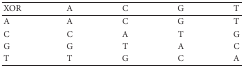
| XOR | A | C | G | T |
 | --- | --- | --- | --- | --- |
 | A | A | C | G | T |
 | C | C | A | T | G |
 | G | G | T | A | C |
 | T | T | G | C | A |